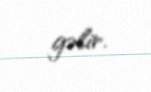
gəlir.